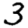
Digit: 3